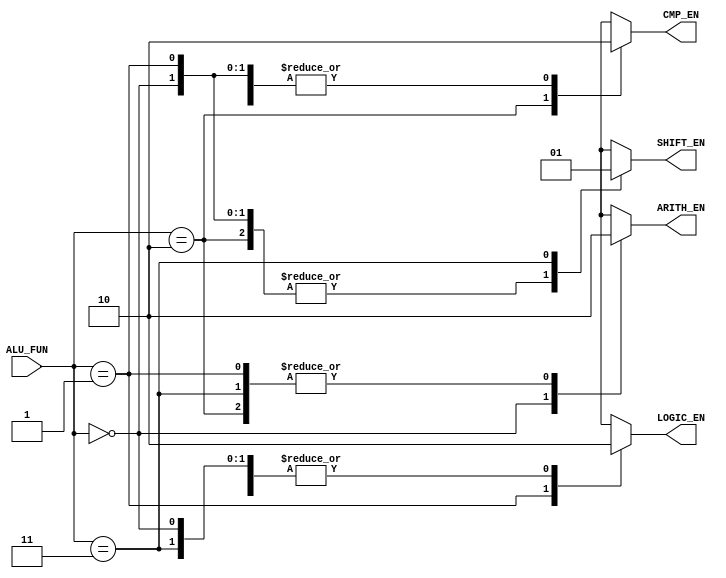
module DECODER (
  input wire [1:0] ALU_FUN,
  output reg       ARITH_EN,LOGIC_EN,CMP_EN,SHIFT_EN);
always @(*)
  begin
    ARITH_EN=1'b0;
    LOGIC_EN=1'b0;
    CMP_EN=1'b0;
    SHIFT_EN=1'b0;
    case (ALU_FUN)
      2'b00:ARITH_EN=1'b1;
      2'b01:LOGIC_EN=1'b1;
      2'b10:CMP_EN=1'b1;
      2'b11:SHIFT_EN=1'b1;
    endcase
  end
endmodule